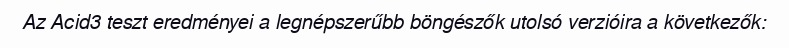
Az Acid3 teszt eredményei a legnépszerűbb böngészők utolsó verzióira a következők: